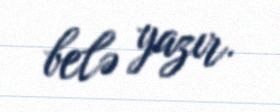
belə yazır.